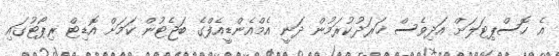
އެ ހޮސްޕިޓަލަށް އަދިވެސް ޚަރަދުކުރަމުން ދަނީ އެމްއެންޑީއެފްގެ ބަޖެޓުން ކަމަށް އޮޑިޓް ރިޕޯޓުގައި